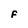
Character: F